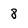
Character: 8